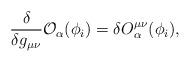
LaTeX: \begin{align*}\frac{\delta}{\delta g_{\mu\nu}}{\cal O}_{\alpha}(\phi_i)=\delta O^{\mu\nu}_{\alpha}(\phi_i),\end{align*}